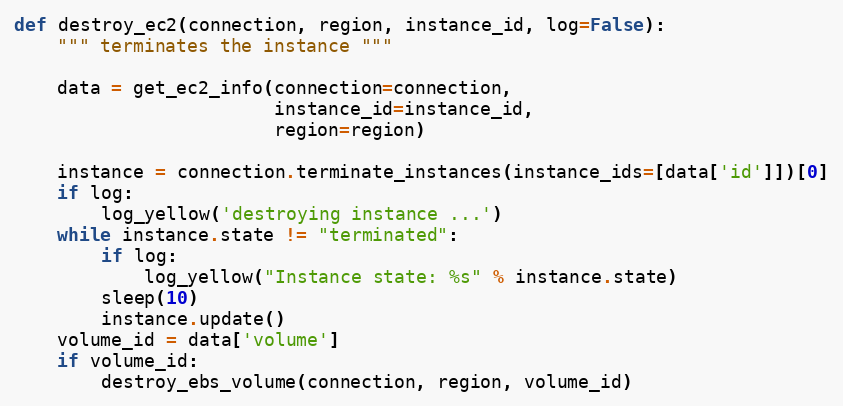
Language: Python
def destroy_ec2(connection, region, instance_id, log=False):
    """ terminates the instance """

    data = get_ec2_info(connection=connection,
                        instance_id=instance_id,
                        region=region)

    instance = connection.terminate_instances(instance_ids=[data['id']])[0]
    if log:
        log_yellow('destroying instance ...')
    while instance.state != "terminated":
        if log:
            log_yellow("Instance state: %s" % instance.state)
        sleep(10)
        instance.update()
    volume_id = data['volume']
    if volume_id:
        destroy_ebs_volume(connection, region, volume_id)